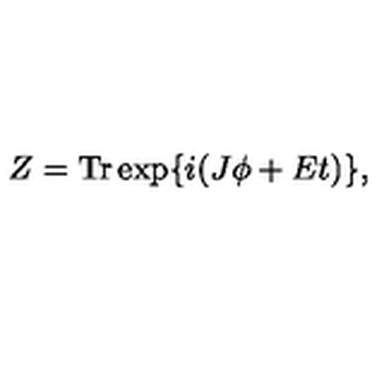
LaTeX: Z = \mathrm { T r } \exp \{ i ( J \phi + E t ) \} ,